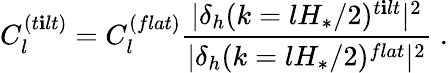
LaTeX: C_{l}^{(t\mathbf{i}lt)}=C_{l}^{(flat)}\frac{{|\delta_{h}(k=lH_{*}/2)^{t\mathbf{i}lt}|^{2}}}{{|\delta_{h}(k=lH_{*}/2)^{flat}|^{2}}}\; .